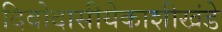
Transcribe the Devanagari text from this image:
दिवोदासीयेकाशीखंडे